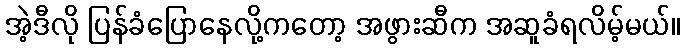
အဲ့ဒီလို ပြန်ခံပြောနေလို့ကတော့ အဖွားဆီက အဆူခံရလိမ့်မယ်။